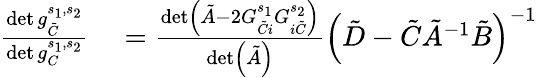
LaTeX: \begin{array}{rl}{\frac{\operatorname*{det}g_{\tilde{C}}^{s_{1},s_{2}}}{\operatorname*{det}g_{C}^{s_{1},s_{2}}}}&{{}=\frac{\operatorname*{det}\left(\tilde{A}-2G_{\tilde{C}i}^{s_{1}}G_{i\tilde{C}}^{s_{2}}\right)}{\operatorname*{det}\left(\tilde{A}\right)}\left(\tilde{D}-\tilde{C}\tilde{A}^{-1}\tilde{B}\right)^{-1}}\end{array}